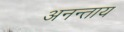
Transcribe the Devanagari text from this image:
अनन्ताय